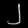
Digit: ၂